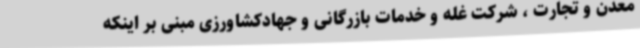
معدن و تجارت ، شرکت غله و خدمات بازرگانی و جهادکشاورزی مبنی بر اینکه